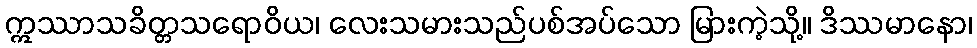
ဣဿာသခိတ္တသရောဝိယ၊ လေးသမားသည်ပစ်အပ်သော မြားကဲ့သို့။ ဒိဿမာနော၊